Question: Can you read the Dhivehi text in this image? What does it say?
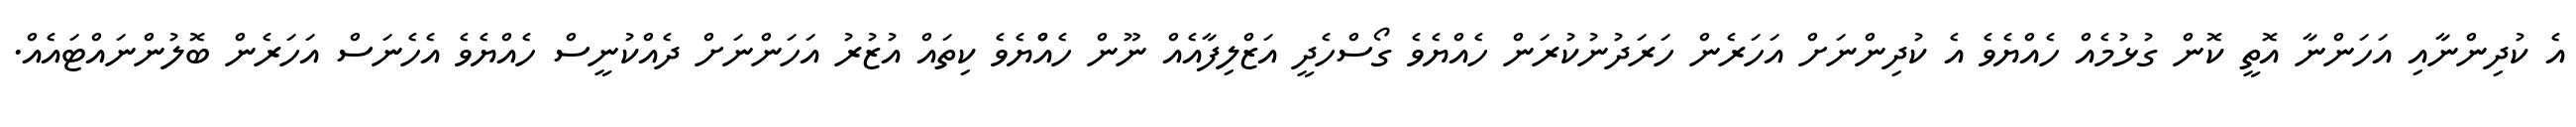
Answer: އެ ކުދިންނާއި އަހަންނާ އޮތީ ކޮން ގުޅުމެއް ހެއްޔެވެ އެ ކުދިންނަށް އަހަރެން ހަރަދުނުކުރަން ހެއްޔެވެ ގޯސްހެދީ އަޒްލިފާއެއް ނޫން ހެއްްޔެވެ ކިތައް އުޒުރު އަހަންނަށް ދެއްކުނީސް ހެއްޔެވެ އެހެނަސް އަހަރެން ބޮލުންނައްޓައެއް.